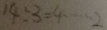
1 4 \div 3 = 4 \cdots 2